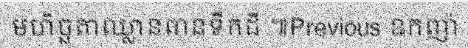
មហិច្ឆតាឈ្លានពានទឹកដី ៕Previous ឩកញ៉ា